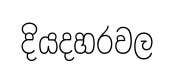
දියදහරවල